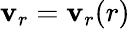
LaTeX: \mathbf{v}_{r}=\mathbf{v}_{r}(r)